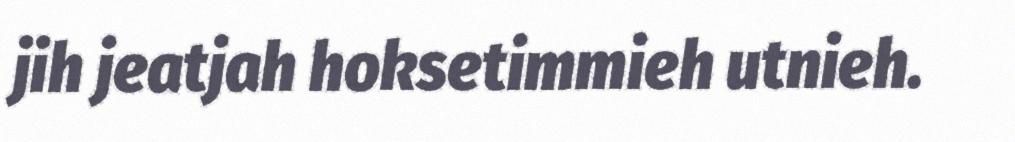
jih jeatjah hoksetimmieh utnieh.